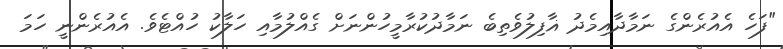
"ފަހެ އެއުރެންގެ ނަމާދާއިމެދު ޣާފިލުވެތިބެ ނަމާދުކުރާމީހުންނަށް ގެއްލުމާއި ހަލާކު ހުއްޓެވެ. އެއުރެންނީ ހަމަ